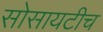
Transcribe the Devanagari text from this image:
सोसायटीच